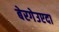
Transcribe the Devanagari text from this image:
बेरगेउएदा